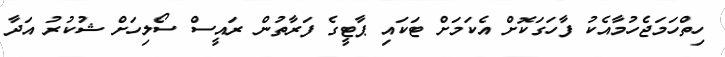
ހިތްހަމަޖެހުމާއެކު ފާހަގަކޮށް އެކަމަށް ޓަކައި ޕާޓީގެ ފަރާތުން ރައީސް ސޯލިހަށް ޝުކުރު އަދާ